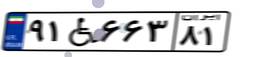
۷۳W۷۸۳۸۷